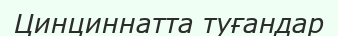
Цинциннатта туғандар